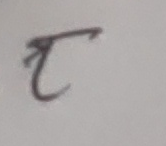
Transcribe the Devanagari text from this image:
त्